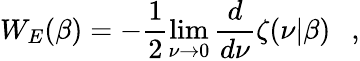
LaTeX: W_{E}(\beta)=-\frac 12\operatorname*{lim}_{\nu\rightarrow 0}{\frac{d}{d\nu}}\zeta(\nu|\beta)~~~,